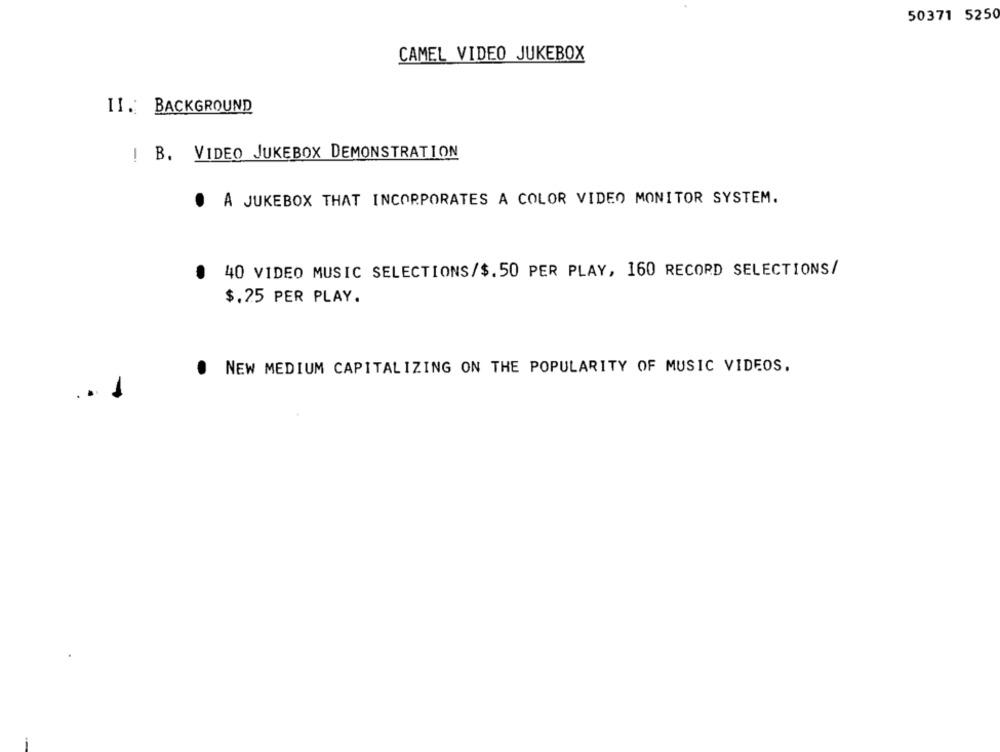
50371 5250
CAMEL VIDEO JUKEBOX
II. BACKGROUND
! B. VIDEO JUKEBOX DEMONSTRATION
. A JUKEBOX THAT INCORPORATES A COLOR VIDEO MONITOR SYSTEM.
.
40 VIDEO MUSIC SELECTIONS/$.50 PER PLAY, 160 RECORD SELECTIONS/
$.25 PER PLAY.
NEW MEDIUM CAPITALIZING ON THE POPULARITY OF MUSIC VIDEOS.
.1